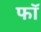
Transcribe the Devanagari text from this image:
फॉ